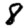
Digit: 8